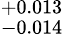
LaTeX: ^{+0.013}_{-0.014}